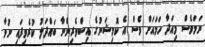
ނަމަވެސް މިއަދާ ހަމައަށް ވެސް އެ ކޮމިޝަނުގެ އިސްވެރިންނާ ބައްދަލު ކުރެވިފައި ނުވާ